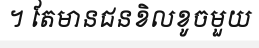
។ តែមានជនខិលខូចមួយ